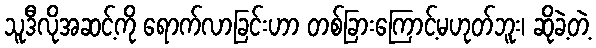
သူဒီလိုအဆင့်ကို ရောက်လာခြင်းဟာ တစ်ခြားကြောင့်မဟုတ်ဘူး၊ ဆိုခဲ့တဲ့